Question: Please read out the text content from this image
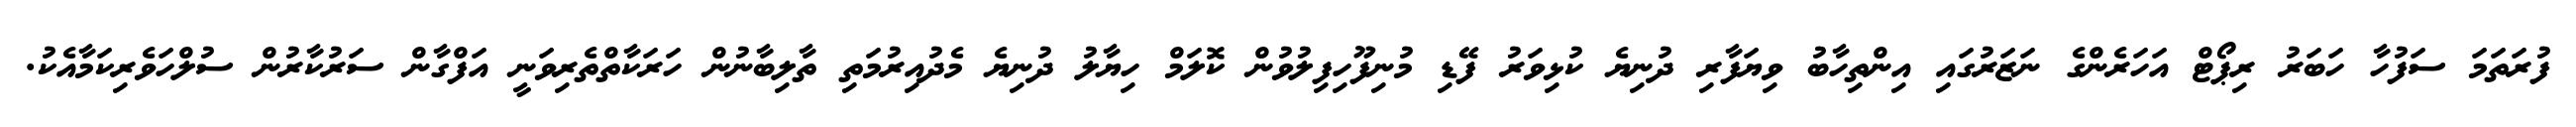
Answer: ފުރަތަމަ ސަފުހާ ހަބަރު ރިޕޯޓް އަހަރެންގެ ނަޒަރުގައި އިންތިހާބު ވިޔަފާރި ދުނިޔެ ކުޅިވަރު ފޭޑި މުނިފޫހިފިލުވުން ކޮލަމް ހިޔާލު ދުނިޔެ މެދުއިރުމަތި ތާލިބާނުން ހަރަކާތްތެރިވަނީ އަފްގާން ސަރުކާރުން ސުލްހަވެރިކަމާއެކު.